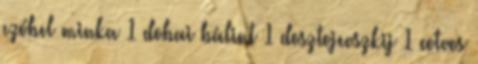
czóbel minka 1 dobai bálint 1 dosztojevszkij 1 eotvos